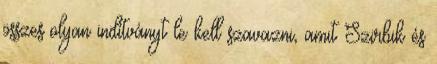
összes olyan indítványt le kell szavazni, amit Szirbik és